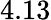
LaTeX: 4.13